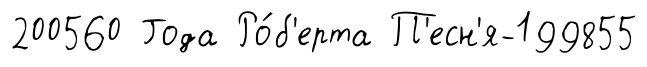
200560 Года Ро́б'ерта П'есн'я-199855